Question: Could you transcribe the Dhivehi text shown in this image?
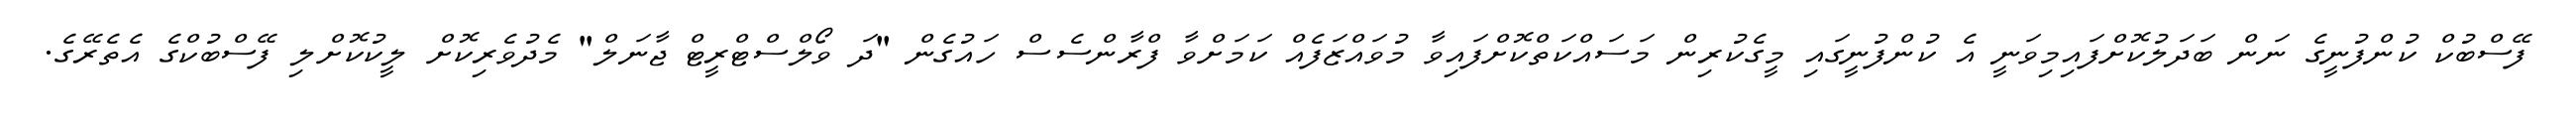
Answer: ފޭސްބުކް ކުންފުނީގެ ނަން ބަދަލުކޮށްފައިމިވަނީ އެ ކުންފުނީގައި މީގެކުރިން މަސައްކަތްކޮށްފައިވާ މުވައްޒަފެއް ކަމަށްވާ ފްރާންސެސް ހައުގެން "ދަ ވޯލްސްޓްރީޓް ޖާނަލް" މެދުވެރިކޮށް ލީކުކޮށްލި ފޭސްބުކްގެ އެތެރޭގެ.